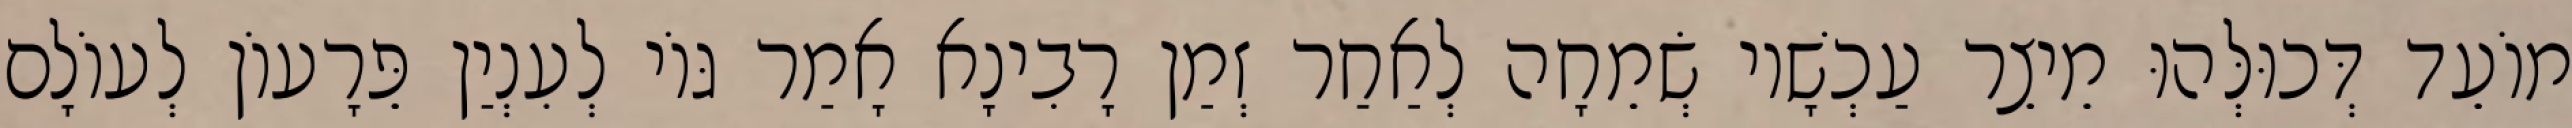
מוֹעֵד דְּכוּלְּהוּ מֵיצֵר עַכְשָׁיו שְׂמֵחָה לְאַחַר זְמַן רָבִינָא אָמַר גּוֹי לְעִנְיַן פֵּרָעוֹן לְעוֹלָם